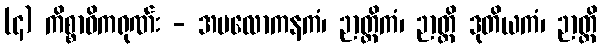
(၄) ကိစ္စာဓိကရုဏ်း - အပလောကနကံ၊ ဉာတ္တိကံ၊ ဉာတ္တိ ဒုတိယကံ၊ ဉာတ္တိ